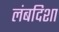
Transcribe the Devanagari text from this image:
लंबदिशा